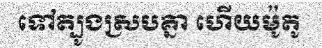
ទៅត្បូងស្របគ្នា ហើយម៉ូតូ